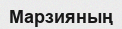
Марзияның